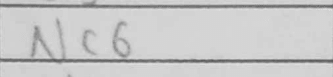
Transcription: Nc6